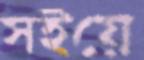
সইয়ে